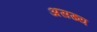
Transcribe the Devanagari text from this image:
असख्य